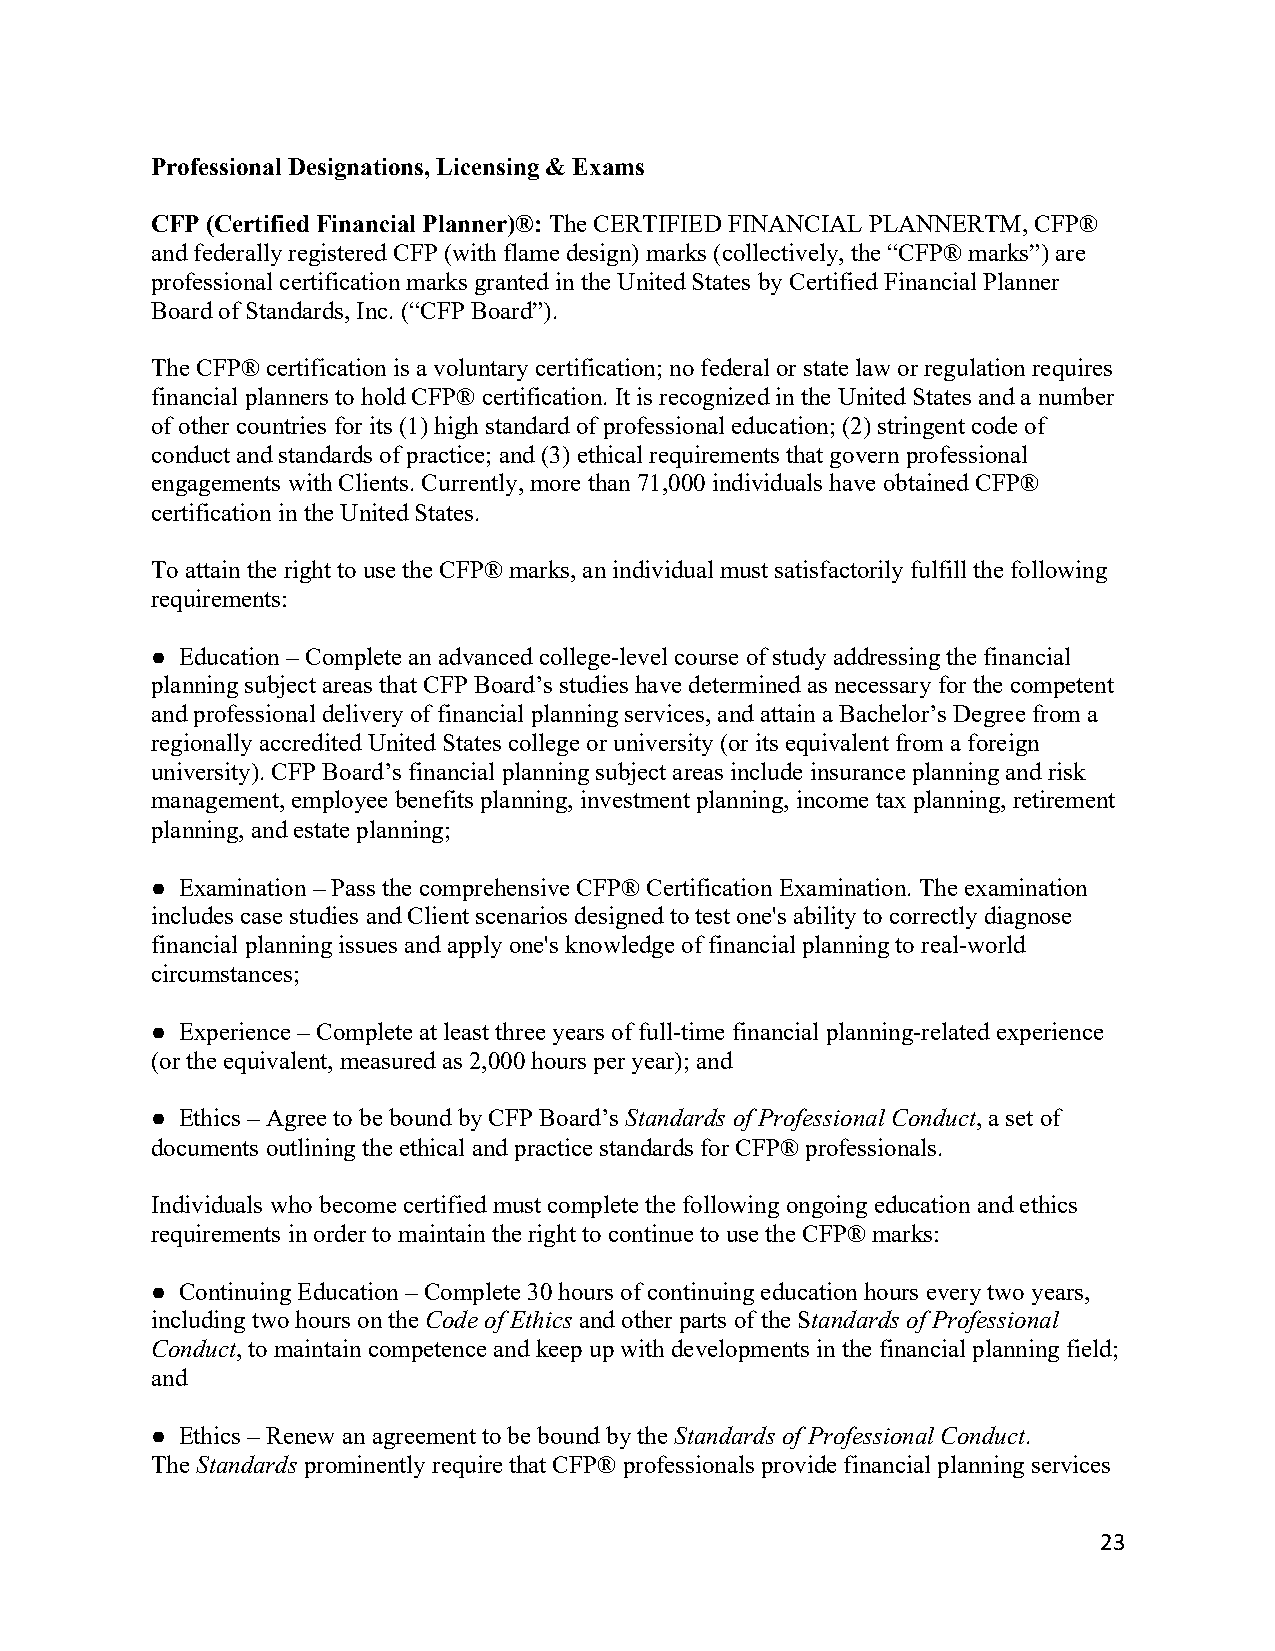
Professional Designations, Licensing & Exams
 CFP (Certified Financial Planner)®: The CERTIFIED FINANCIAL PLANNERTM, CFP®
 and federally registered CFP (with flame design) marks (collectively, the “CFP® marks”) are
 professional certification marks granted in the United States by Certified Financial Planner
 Board of Standards, Inc. (“CFP Board”).
 The CFP® certification is a voluntary certification; no federal or state law or regulation requires
 financial planners to hold CFP® certification. It is recognized in the United States and a number
 of other countries for its (1) high standard of professional education; (2) stringent code of
 conduct and standards of practice; and (3) ethical requirements that govern professional
 engagements with Clients. Currently, more than 71,000 individuals have obtained CFP®
 certification in the United States.
 To attain the right to use the CFP® marks, an individual must satisfactorily fulfill the following
 requirements:
 ● Education – Complete an advanced college-level course of study addressing the financial
 planning subject areas that CFP Board’s studies have determined as necessary for the competent
 and professional delivery of financial planning services, and attain a Bachelor’s Degree from a
 regionally accredited United States college or university (or its equivalent from a foreign
 university). CFP Board’s financial planning subject areas include insurance planning and risk
 management, employee benefits planning, investment planning, income tax planning, retirement
 planning, and estate planning;
 ● Examination – Pass the comprehensive CFP® Certification Examination. The examination
 includes case studies and Client scenarios designed to test one's ability to correctly diagnose
 financial planning issues and apply one's knowledge of financial planning to real-world
 circumstances;
 ● Experience – Complete at least three years of full-time financial planning-related experience
 (or the equivalent, measured as 2,000 hours per year); and
 ● Ethics – Agree to be bound by CFP Board’s Standards of Professional Conduct, a set of
 documents outlining the ethical and practice standards for CFP® professionals.
 Individuals who become certified must complete the following ongoing education and ethics
 requirements in order to maintain the right to continue to use the CFP® marks:
 ● Continuing Education – Complete 30 hours of continuing education hours every two years,
 including two hours on the Code of Ethics and other parts of the Standards of Professional
 Conduct, to maintain competence and keep up with developments in the financial planning field;
 and
 ● Ethics – Renew an agreement to be bound by the Standards of Professional Conduct.
 The Standards prominently require that CFP® professionals provide financial planning services
 23